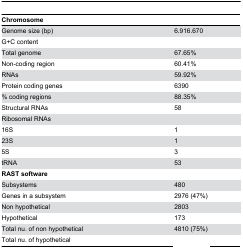
<table><thead><tr><td><b>Chromosome</b></td><td>[EMPTY_CELL]</td></tr></thead><tbody><tr><td>Genome size (bp)</td><td>6.916.670</td></tr><tr><td>G+C content</td><td>[EMPTY_CELL]</td></tr><tr><td>Total genome</td><td>67.65%</td></tr><tr><td>Non-coding region</td><td>60.41%</td></tr><tr><td>RNAs</td><td>59.92%</td></tr><tr><td>Protein coding genes</td><td>6390</td></tr><tr><td>% coding regions</td><td>88.35%</td></tr><tr><td>Structural RNAs</td><td>58</td></tr><tr><td>Ribosomal RNAs</td><td>[EMPTY_CELL]</td></tr><tr><td>16S</td><td>1</td></tr><tr><td>23S</td><td>1</td></tr><tr><td>5S</td><td>3</td></tr><tr><td>tRNA</td><td>53</td></tr><tr><td><b>RAST software</b></td><td>[EMPTY_CELL]</td></tr><tr><td>Subsystems</td><td>480</td></tr><tr><td>Genes in a subsystem</td><td>2976 (47%)</td></tr><tr><td>Non hypothetical</td><td>2803</td></tr><tr><td>Hypothetical</td><td>173</td></tr><tr><td>Total nu. of non hypothetical</td><td>4810 (75%)</td></tr><tr><td>Total nu. of hypothetical</td><td>[EMPTY_CELL]</td></tr></tbody></table>